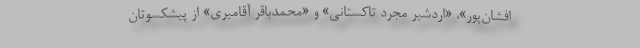
افشان‌پور»، «اردشیر مجرد تاکستانی» و «محمدباقر آقامیری» از پیشکسوتان